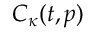
C _ { \kappa } ( t , p )